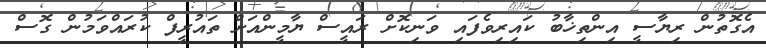
އެގޮތުން ރިޔާސީ އިންތިޚާބު ކައިރިވެފައި ވަނިކޮށް ރައީސް ޔާމީންއަށް ތައުރީފް ކުރައްވަމުން ގޮސް